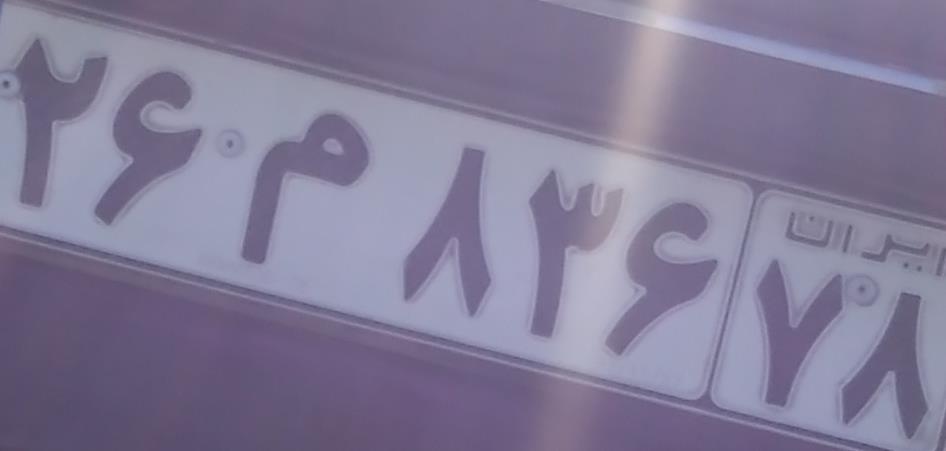
۲۶م۸۳۶۷۸